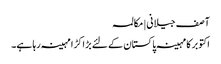
آصف جیلانی | مکالمہ
اکتوبر کا مہینہ پاکستان کے لئے بڑا کڑا مہینہ رہا ہے۔